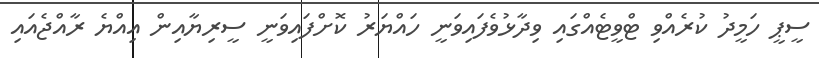
ސީޕީ ހަމީދު ކުރެއްވި ޓްވީޓެއްގައި ވިދާޅުވެފައިވަނީ ހައްޔަރު ކޮށްފައިވަނީ ސީރިޔާއިން އިއްޔެ ރާއްޖެއައި